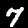
Digit: 7